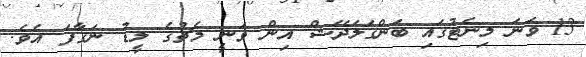
13 ވަނަ މިނެޓުގައި ބަންގަލަދޭޝް އިން ވަނީ މެޗުގެ ލީޑު ނަގާފަ އެވެ.